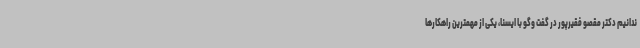
ندانیم دکتر مقصو فقیرپور در گفت وگو با ایسنا، یکی از مهمترین راهکارها